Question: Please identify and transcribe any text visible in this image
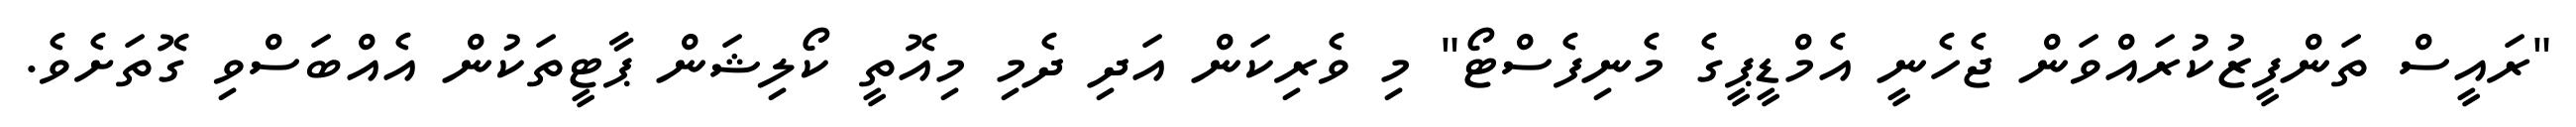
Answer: "ރައީސް ތަންފީޒުކުރައްވަން ޖެހެނީ އެމްޑީޕީގެ މެނިފެސްޓޯ" މި ވެރިކަން އަދި ދެމި މިއޮތީ ކޯލިޝަން ޕާޓީތަކުން އެއްބަސްވި ގޮތަށެވެ.